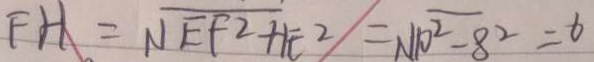
F H = \sqrt { E F ^ { 2 } - H E ^ { 2 } } = \sqrt { 1 0 ^ { 2 } - 8 ^ { 2 } } = 6